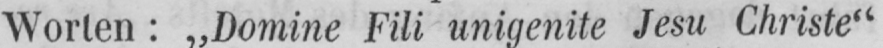
Worten: „Domine Fili unigenite Jesu Christe“